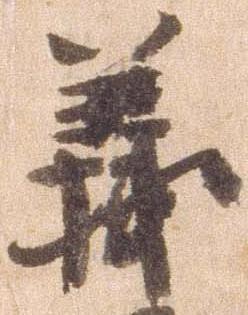
義